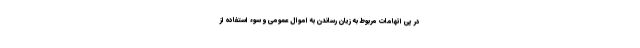
در پی اتهامات مربوط به زیان رساندن به اموال عمومی و سوء استفاده از